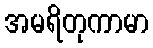
အမရိတုကာမာ